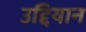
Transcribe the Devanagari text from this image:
उद्दियान